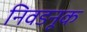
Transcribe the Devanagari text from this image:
निवडनूक